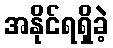
အနိုင်ရရှိခဲ့